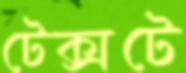
টেক্সটে